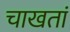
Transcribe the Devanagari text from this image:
चाखतां